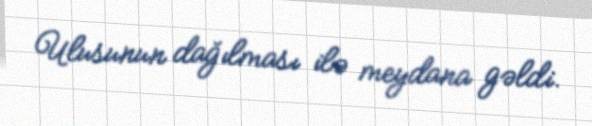
Ulusunun dağılması ilə meydana gəldi.